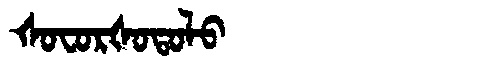
Manchu: ᡧᠣᠸᠣᡵᡧᠣᡨᠣᠯᠣ
Romanization: ŠOFORŠOTOLO